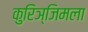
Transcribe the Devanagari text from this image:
कुरिञ्जिमला